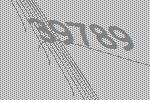
39789